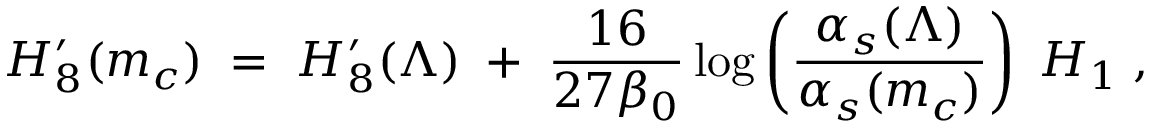
{ H _ { 8 } ^ { \prime } ( m _ { c } ) \; = \; H _ { 8 } ^ { \prime } ( \Lambda ) \; + \; { \frac { 1 6 } { 2 7 \beta _ { 0 } } } \log \left( { \frac { \alpha _ { s } ( \Lambda ) } { \alpha _ { s } ( m _ { c } ) } } \right) \; H _ { 1 } \; , }